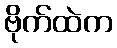
ဗိုက်ထဲက